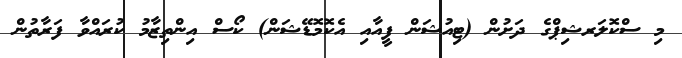
މި ސްކޮލަރޝިޕްގެ ދަށުން (ޓިއުޝަން ފީއާއި އެކޮމޮޑޭޝަން) ކޯސް އިންތިޒާމު ކުރައްވާ ފަރާތުން